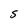
Character: S